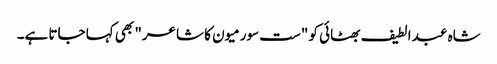
شاہ عبد الطیف بھٹائی کو "ست سورمیون کا شاعر" بھی کہا جاتا ہے۔